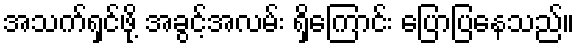
အသက်ရှင်ဖို့ အခွင့်အလမ်း ရှိကြောင်း ပြောပြနေသည်။